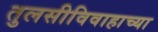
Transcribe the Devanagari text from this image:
तुलसीविवाहाच्या